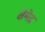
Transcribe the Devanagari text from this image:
क्षेमेद्र